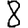
Digit: 8